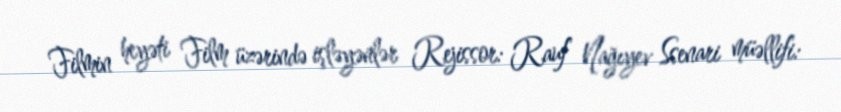
Filmin heyəti Film üzərində işləyənlər Rejissor: Rauf Nağıyev Ssenari müəllifi: